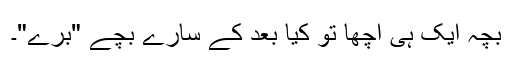
بچہ ایک ہی اچھا تو کیا بعد کے سارے بچے "برے"۔